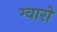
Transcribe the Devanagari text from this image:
ग्वारो